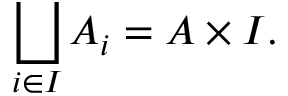
\bigsqcup _ { i \in I } A _ { i } = A \times I .